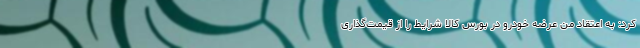
کرد: به اعتقاد من عرضه خودرو در بورس کالا شرایط را از قیمت‌گذاری